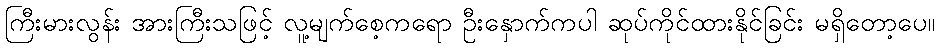
ကြီးမားလွန်း အားကြီးသဖြင့် လူ့မျက်စေ့ကရော ဦးနှောက်ကပါ ဆုပ်ကိုင်ထားနိုင်ခြင်း မရှိတော့ပေ။